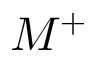
M ^ { + }